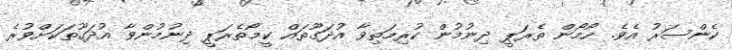
ކެންސަރު އެވެ. ހޯމޯން ތެރަޕީ ދިނުމުން ކުރިމަތިވާ އުދަގޫތައް ކީމޯތެރަޕީ ދިނުމުންވާ އުދަގޫތަކަށްވުރެ